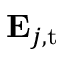
\mathbf { E } _ { j , \mathrm { t } }